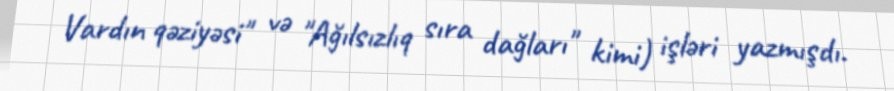
Vardın qəziyəsi" və "Ağılsızlıq sıra dağları" kimi) işləri yazmışdı.